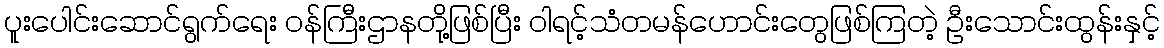
ပူးပေါင်းဆောင်ရွက်ရေး ဝန်ကြီးဌာနတို့ဖြစ်ပြီး ဝါရင့်သံတမန်ဟောင်းတွေဖြစ်ကြတဲ့ ဦးသောင်းထွန်းနှင့်